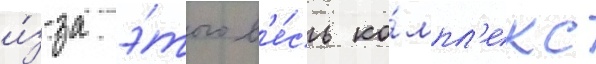
и́з-за э́того в'е́сь ко́мпл'екс